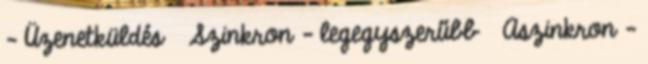
– Üzenetküldés ● Szinkron – legegyszerűbb ● Aszinkron –